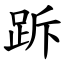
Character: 跅